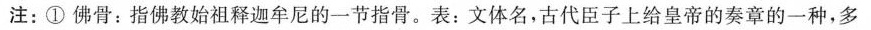
注：①佛骨：指佛教始祖释迦牟尼的一节指骨。表：文体名，古代臣子上给皇帝的奏章的一种，多